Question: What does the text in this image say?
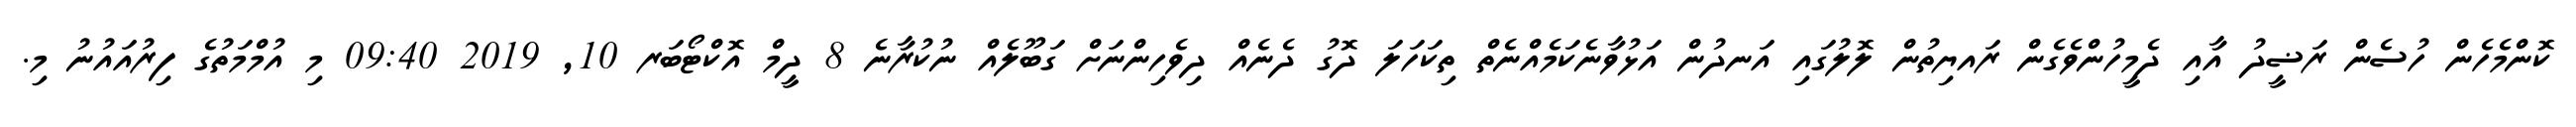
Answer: ކޮންމެހެން ހުސެން ރަޟީދު އާއި ދެމީހުންވެގެން ރައޔިތުން ލޮލުގައި އަނދުން އަޅުވާނެކަމެއްނެތް ތިކަހަލަ ދޮގު ދެނެއް ދިވެހިންނަށް ގަބޫލެއް ނުކުރާނެ 8 ދީމް އޮކްޓޯބަރ 10, 2019 09:40 މި އުމްމަތުގެ ފިރުއައުނު މި.